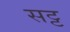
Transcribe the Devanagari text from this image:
सट्ट